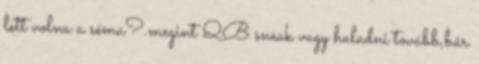
lett volna a séma?.megint QB sneak vagy haladni tovább,bár